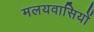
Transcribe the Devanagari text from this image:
मलयवासियों